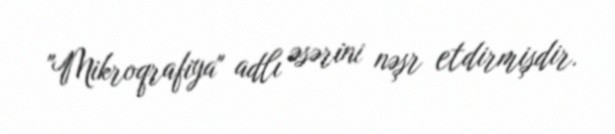
"Mikroqrafiya" adlı əsərini nəşr etdirmişdir.